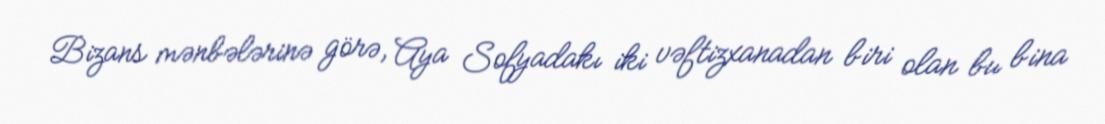
Bizans mənbələrinə görə, Aya Sofyadakı iki vəftizxanadan biri olan bu bina